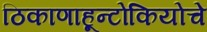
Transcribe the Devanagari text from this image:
ठिकाणाहून्टोकियोचे